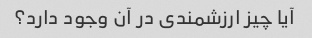
آیا چیز ارزشمندی در آن وجود دارد؟